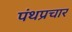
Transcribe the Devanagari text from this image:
पंथप्रचार